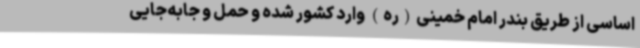
اساسی از طریق بندر امام خمینی(ره) وارد کشور شده و حمل و جابه‌جایی